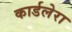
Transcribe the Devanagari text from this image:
कार्डलेरा